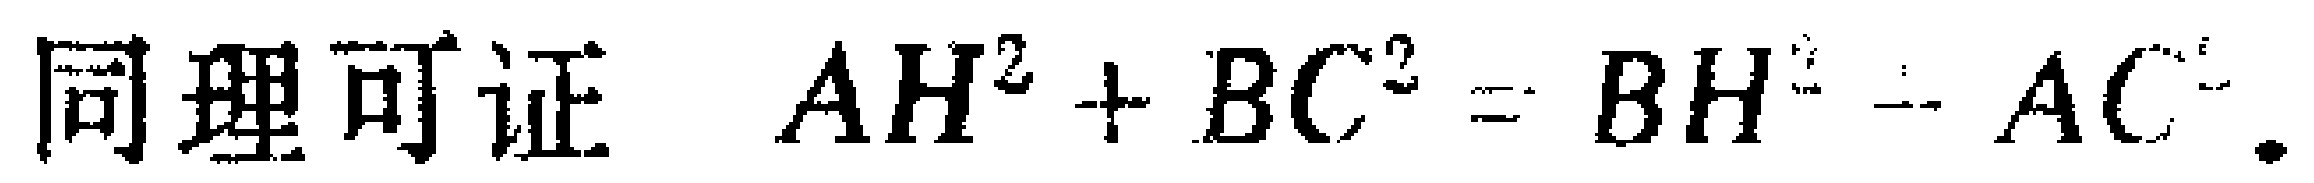
同理可证 \(AH^{2}+BC^{2}=BH^{2}+AC^{2}\).